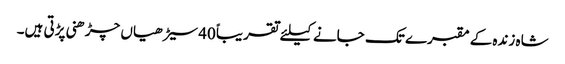
شاہ زندہ کے مقبرے تک جانے کیلئے تقریباً 40سیڑھیاں چڑھنی پڑتی ہیں۔